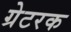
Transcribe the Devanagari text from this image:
ग्रेटरक